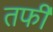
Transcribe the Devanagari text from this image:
तर्फी